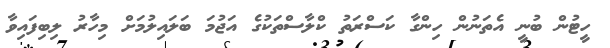
ހީޓުން ބުނީ އެތަނުން ހިންގާ ކަސްރަތު ކްލާސްތަކުގެ އަޖުމަ ބަލައިލުމަށް މިހާރު ލިބިފައިވާ